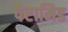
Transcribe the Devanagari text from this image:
पैरामिड